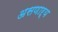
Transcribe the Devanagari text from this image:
असणाऱ्य